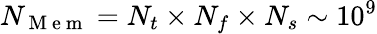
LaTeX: N_{\mathrm{~M~e~m~}}=N_{t}\times N_{f}\times N_{s}\sim 10^{9}